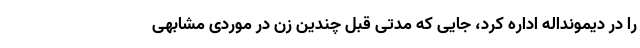
را در دیمونداله اداره کرد، جایی که مدتی قبل چندین زن در موردی مشابهی